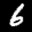
Label: 6